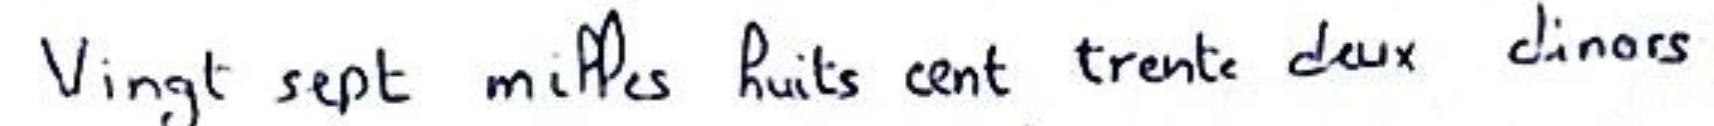
Vingt sept milles huits cent trente deux dinars